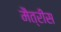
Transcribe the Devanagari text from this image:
मैत्रीस